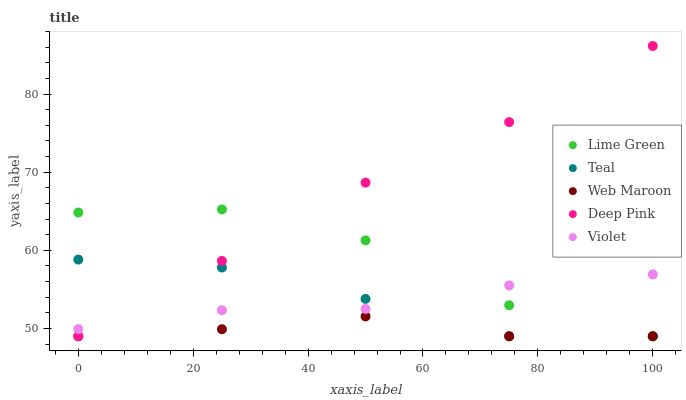
| xaxis_label | Lime Green | Teal | Web Maroon | Deep Pink | Violet |
 | --- | --- | --- | --- | --- | --- |
 | 0 | 64.8 | 58.8 | 49 | 49 | 49.9 |
 | 25 | 65.2 | 57.8 | 49.9 | 58.6 | 52.3 |
 | 50 | 61.3 | 53.8 | 51.5 | 68.7 | 52.5 |
 | 75 | 53 | 49 | 49 | 76.4 | 55.5 |
 | 100 | 49 | 49 | 49 | 86.1 | 56.9 |